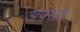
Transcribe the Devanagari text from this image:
अपसढ़